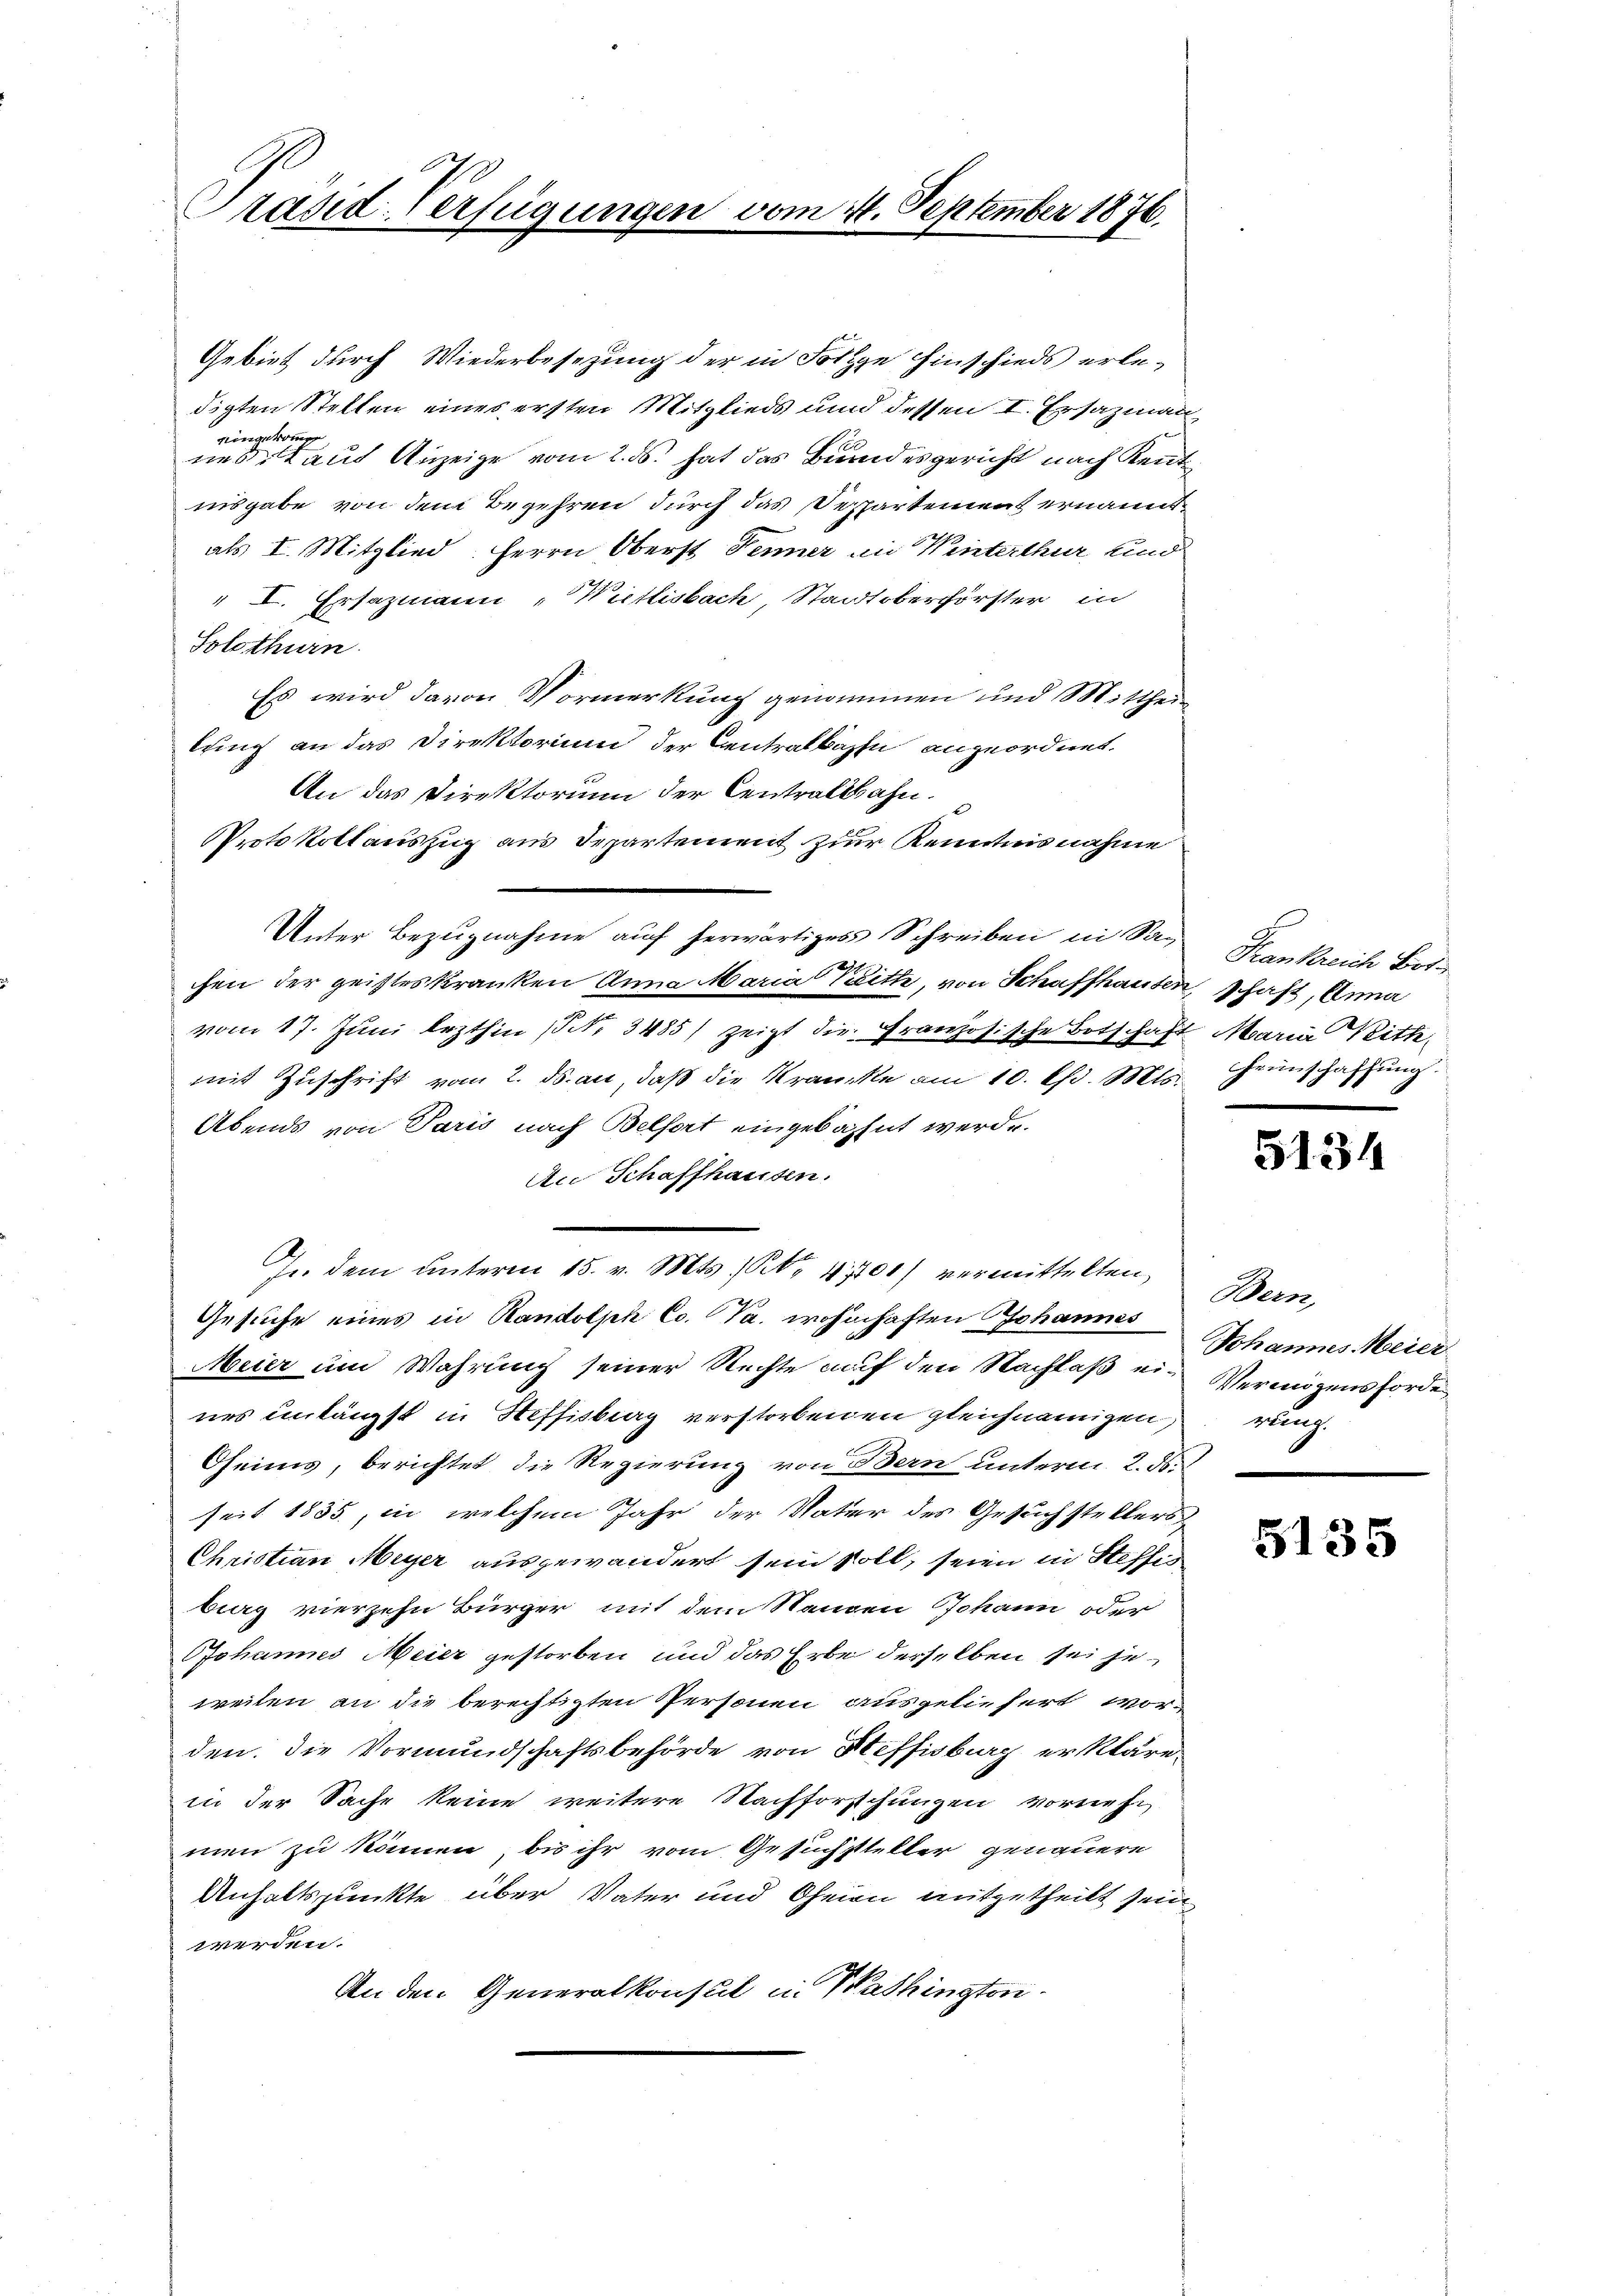
Präsid-Verfügungen vom 21. September 1876.

Gebiet durch Wiederbesetzung der in Folge hinschieds erle-
digten Stellen eines ersten Mitglieds und dessen I. Ersazmann
eingekommen
nes, laut Anzeige vom 2. ds. hat das Bundesgericht nach Kennt
nnsgabe von dem Begehren durch das Bespartement ernannt
als I. Mitglied Herrn Oberst Jenner in Weinterthur und
" I. Ersazmann „Wietlisbach, Stadtoberförster in
Solothurn.
Es wird davon Vormerkung genommen und Mittheilring an das Direktorium der Centralbahn angeordnet.
An das Direktorium der Centratsbahn.
Protokollauszug aus Departement zur Kenntnisnahme
Unter Bezugnahme auf herwärtiges Schreiben in San Krankreich Bot
2
chen der geisteskranken Anna Maria laith, von Schaffhausen, schaft, Anna
vom 17. Juni lezthin (Nr. 3485) zeigt die Französische Botschaft Maria Prith
mit Zuschrift vom 2. ds. an, daß die Kranke am 10. Chr. Mts. einschaffung
Abends von Paris nach Belfort eingebahnt werde.
An Schaffhausen.
In dem unterm 15. v. Mts. S. 4700 vermittelten,
Gesuche eines in Randolph Co. Ja. wohnhaften Johannes
Meier um Wahrung seiner Rechte auf den Nachlaß eines einlängst in Steffisburg verstorbenen gleichnamigen,
Gheims, berichtet, die Regierung von Bern unterm 2. ds.
seit 1835, in welchem Jahr der Vater des Gesuchstellers
Christian Meyer ausgewandert sein soll, seien in Steffisbieg vierzehn Bürger mit dem Standen Johann oder
Johannes Meier gestorben und das Erbe derselben sei je
weilen an die berechtigten Personen ausgeliefert worden. Die Vormundschaftsbehörde von Steffisburg erkläre.
in der Sache keine weitere Nachforschungen vornehmen zu können, bis ihr vom Gesuchsteller genauere
Unhaltspunkte über Vater und Oheien mitzutheilt sein
werden.
An den Generalkonsul in Washington

5134

Bern,
Johannes Meier
Vermögens förde
glung.

5135